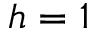
h = 1